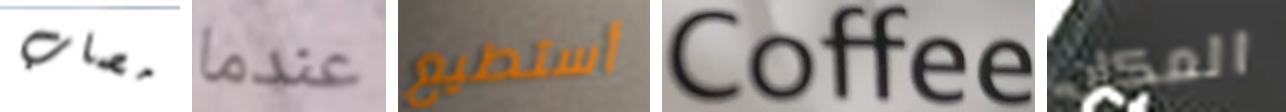
مصاب عندما أستطيع Coffee المكان